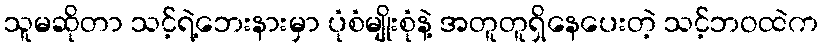
သူမဆိုတာ သင့်ရဲ့ဘေးနားမှာ ပုံစံမျိုးစုံနဲ့ အတူတူရှိနေပေးတဲ့ သင့်ဘဝထဲက